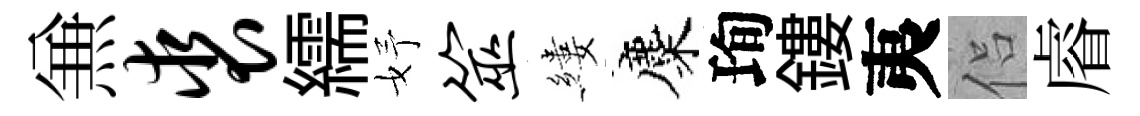
𠔥裘繻妤筮縷麋珣鏤夷侣𥈠